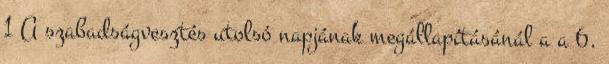
1 A szabadságvesztés utolsó napjának megállapításánál a a 6.